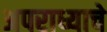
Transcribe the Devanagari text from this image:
अपराध्याचे